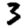
Digit: 3